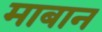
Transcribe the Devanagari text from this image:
माबान